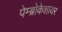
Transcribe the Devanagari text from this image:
पेम्ब्रोकेशायर